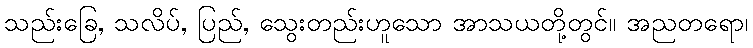
သည်းခြေ, သလိပ်, ပြည်, သွေးတည်းဟူသော အာသယတို့တွင်။ အညတရော၊